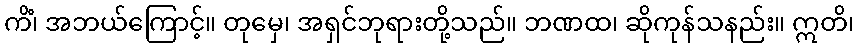
ကိံ၊ အဘယ်ကြောင့်။ တုမှေ၊ အရှင်ဘုရားတို့သည်။ ဘဏထ၊ ဆိုကုန်သနည်း။ ဣတိ၊